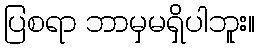
ပြစရာ ဘာမှမရှိပါဘူး။